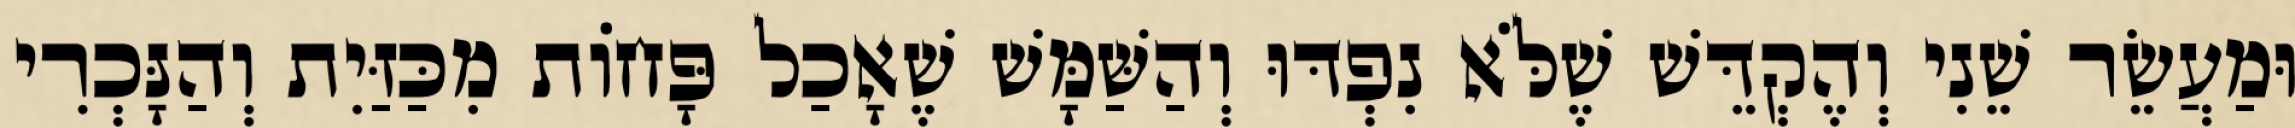
וּמַעֲשֵׂר שֵׁנִי וְהֶקְדֵּשׁ שֶׁלֹּא נִפְדּוּ וְהַשַּׁמָּשׁ שֶׁאָכַל פָּחוֹת מִכַּזַּיִת וְהַנָּכְרִי